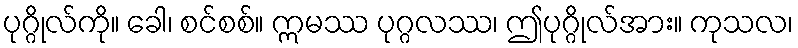
ပုဂ္ဂိုလ်ကို။ ခေါ၊ စင်စစ်။ ဣမဿ ပုဂ္ဂလဿ၊ ဤပုဂ္ဂိုလ်အား။ ကုသလ၊